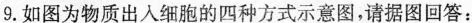
9.如图为物质出入细胞的四种方式示意图，请据图回答：